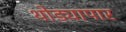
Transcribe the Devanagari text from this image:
थोड्यापार